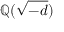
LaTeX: \mathbb { Q } ( { \sqrt { - d } } )